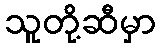
သူတို့ဆီမှာ